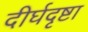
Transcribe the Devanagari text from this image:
दीर्घदृष्टा